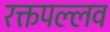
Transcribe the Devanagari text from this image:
रक्तपल्लव